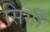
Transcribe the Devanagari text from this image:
सिगी